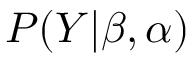
P ( \boldsymbol { Y } | \beta , \alpha )